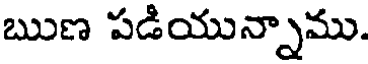
ఋణ పడియున్నాము.